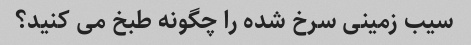
سیب زمینی سرخ شده را چگونه طبخ می کنید؟